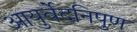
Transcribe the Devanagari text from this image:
आयुर्वेदनिपुण